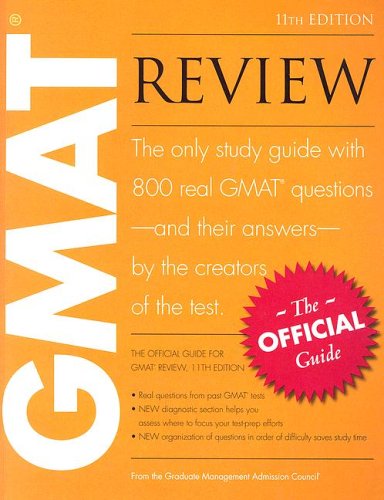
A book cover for The Official Guide for GMAT Review, 11th Edition; Reference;